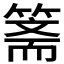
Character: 𱸘